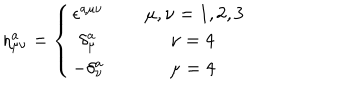
LaTeX: \eta _ { \mu \nu } ^ { a } = \left\{ \begin{matrix} { { \epsilon ^ { a \mu \nu } \: } } & { { } } & { { \mu , \nu = 1 , 2 , 3 } } \\ { { \delta _ { \mu } ^ { a } \: } } & { { } } & { { \: \nu = 4 \: \: } } \\ { { - \delta _ { \nu } ^ { a } \: } } & { { } } & { { \: \mu = 4 \: \: } } \\ \end{matrix} \right.